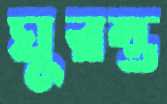
ঘুরন্ত